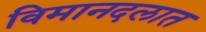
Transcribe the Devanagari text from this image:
विमानदलात